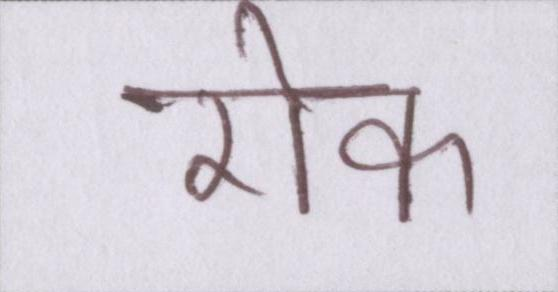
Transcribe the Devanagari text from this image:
रोक